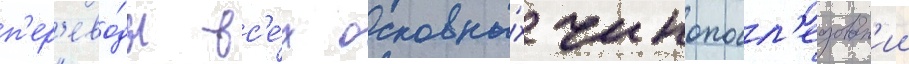
п'ер'ево́ды вс'е́х основны́х чинопосл'едован'ии